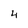
Character: 4